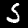
Label: 5